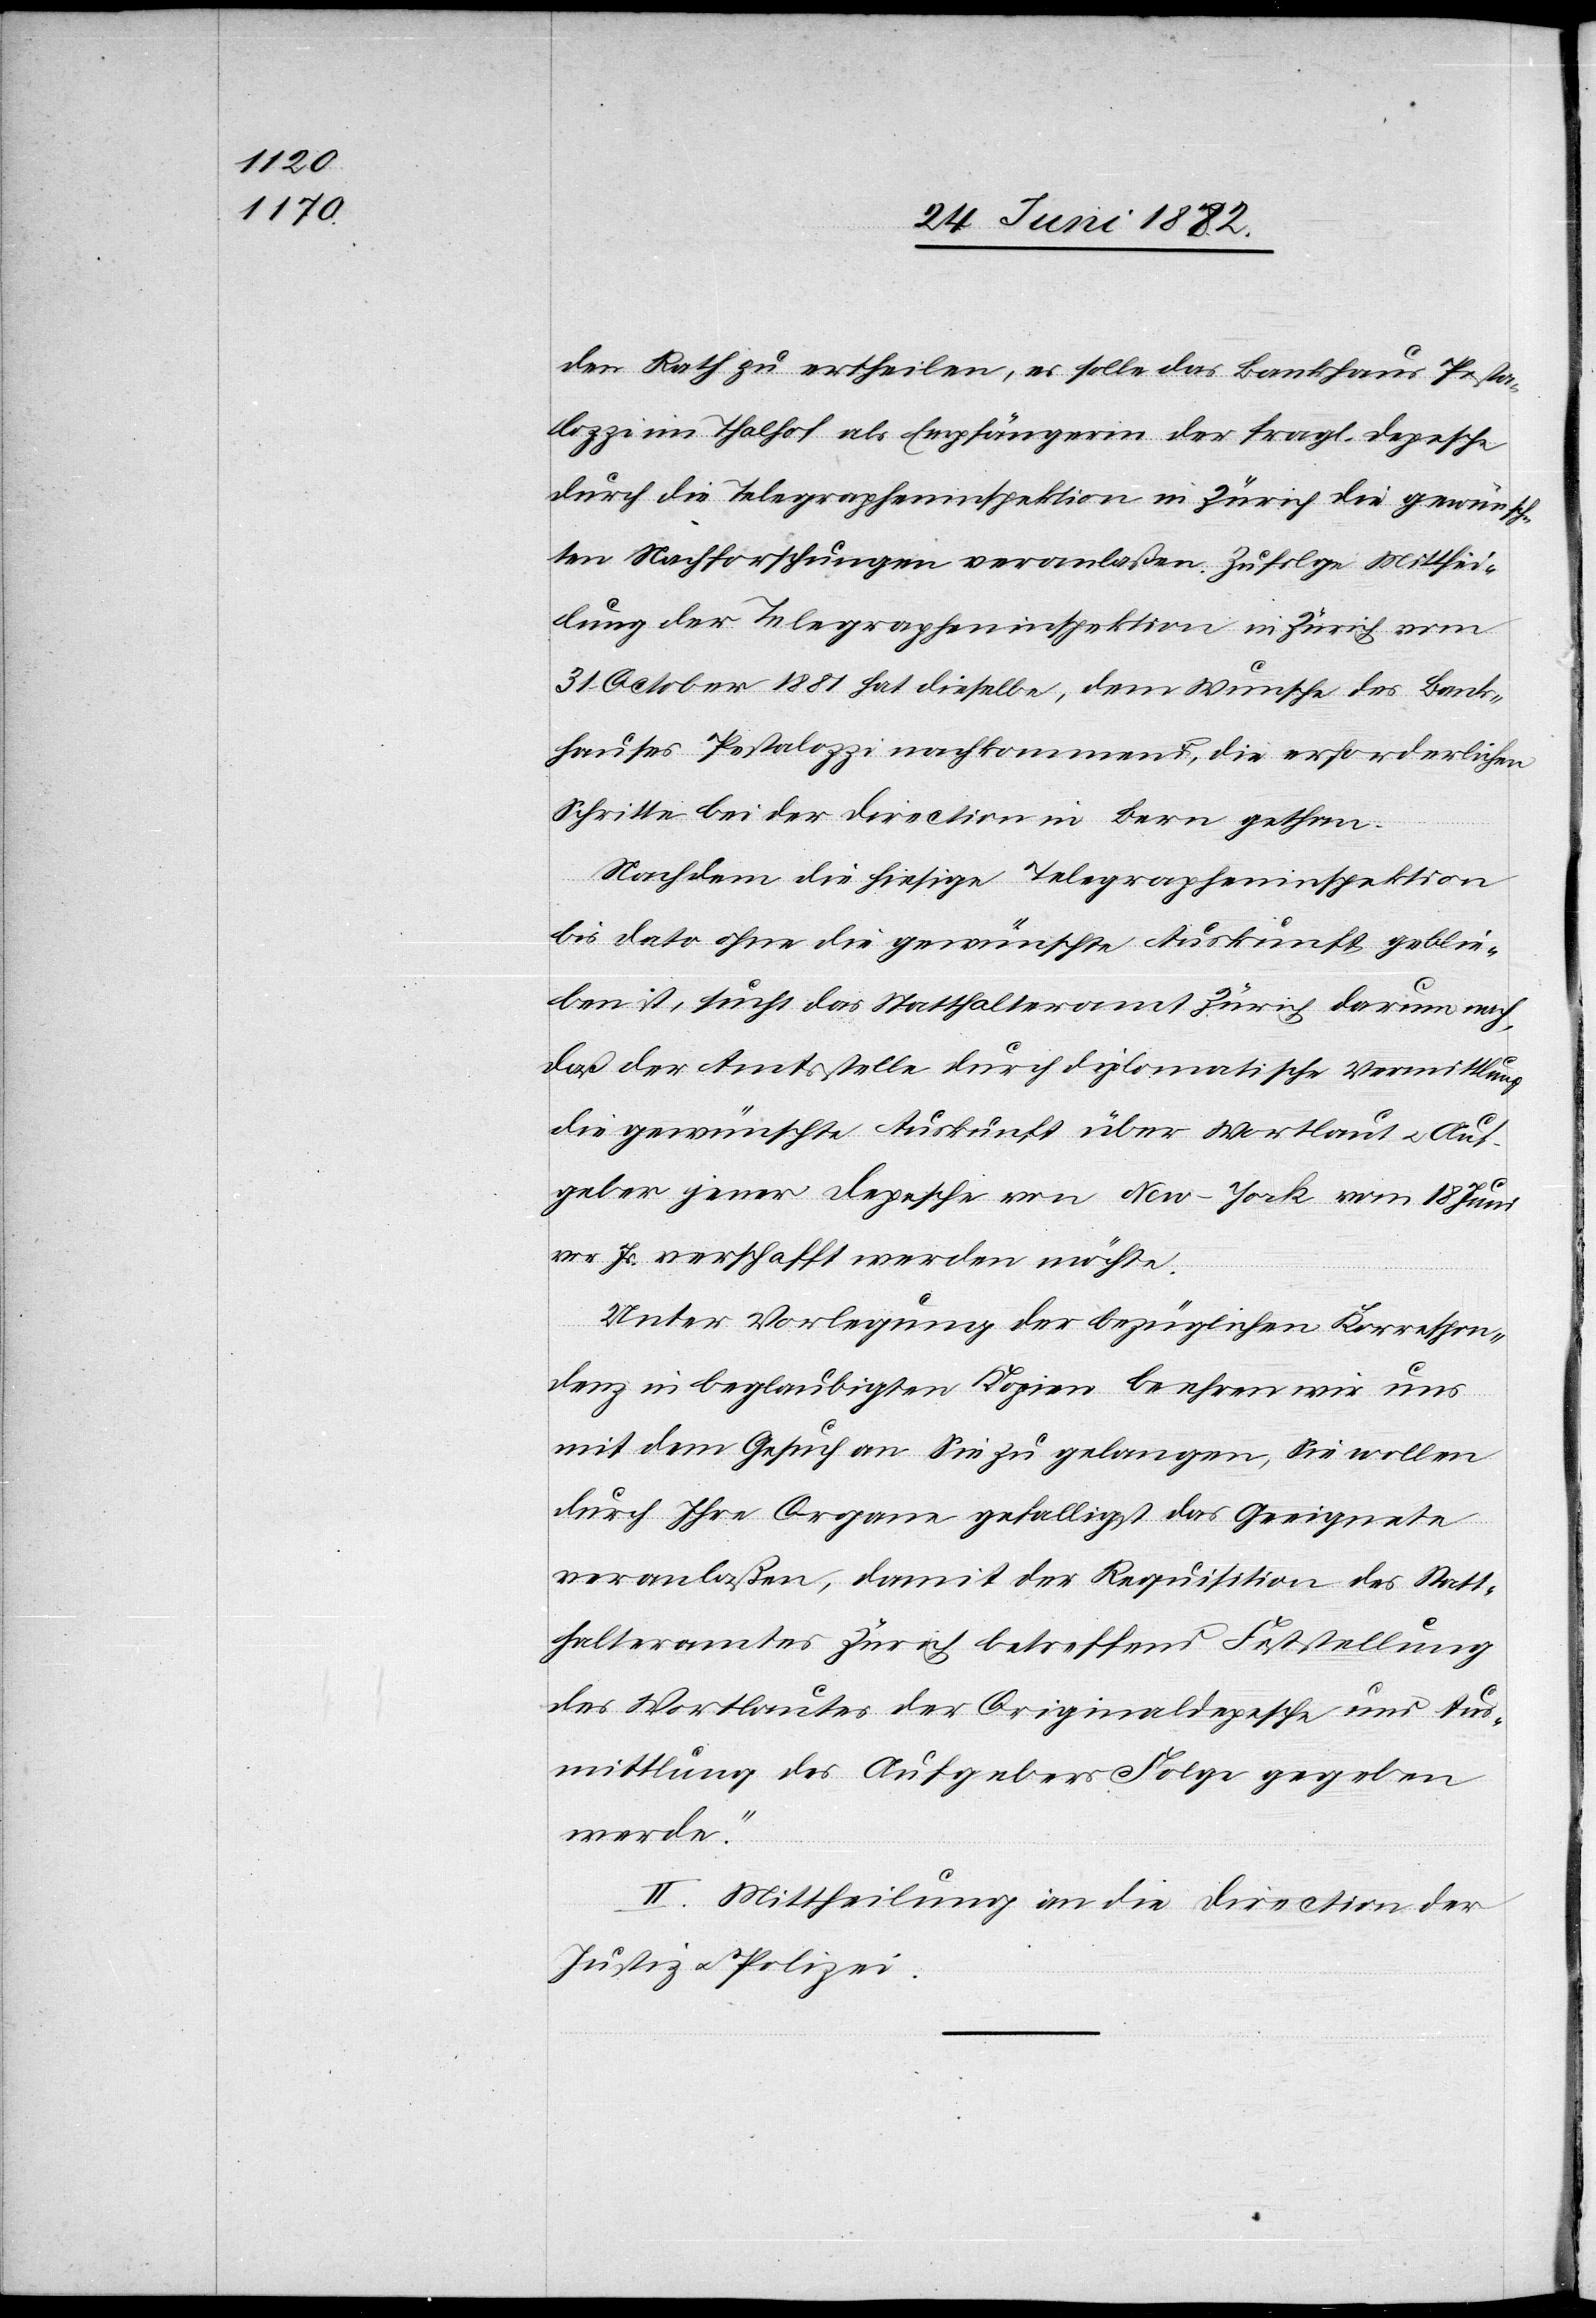
den Rath zu ertheilen, es solle das Bankhaus Pesta¬
lozzi im Thalhof als Empfängerin der fragl. Depesche
durch die Telegrapheninspektion in Zürich die gewünsch¬
ten Nachforschungen veranlaßen. Zufolge Mitthei¬
lung der Telegrapheninspektion in Zürich vom
31. October 1881 hat dieselbe, dem Wunsche des Bank¬
hauses Pestalozzi nachkommend, die erforderlichen
Schritte bei der Direction in Bern gethan.
Nachdem die hiesige Telegrapheninspektion
bis dato ohne die gewünschte Auskunft geblie¬
ben ist, sucht das Statthalteramt Zürich darum nach,
daß der Amtsstelle durch diplomatische Vermittlung
die gewünschte Auskunft über Wortlaut u. Auf¬
geber jener Depesche von New-York vom 18. Juni
vor. Js. verschafft werden möchte.
Unter Vorlegung der bezüglichen Korrespon¬
denz in beglaubigen Kopien beehren wir uns
mit dem Gesuch an Sie zu gelangen, Sie wollen
durch Ihre Organe gefälligst das Geeignete
veranlaßen, damit der Requisition des Statt¬
halteramtes Zürich betreffend Feststellung
des Wortlautes der Originaldepesche und Aus¬
mittlung des Aufgebebers Folge gegeben
werde.“
II. Mittheilung an die Direction der
Justiz u. Polizei.